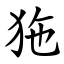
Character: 狏